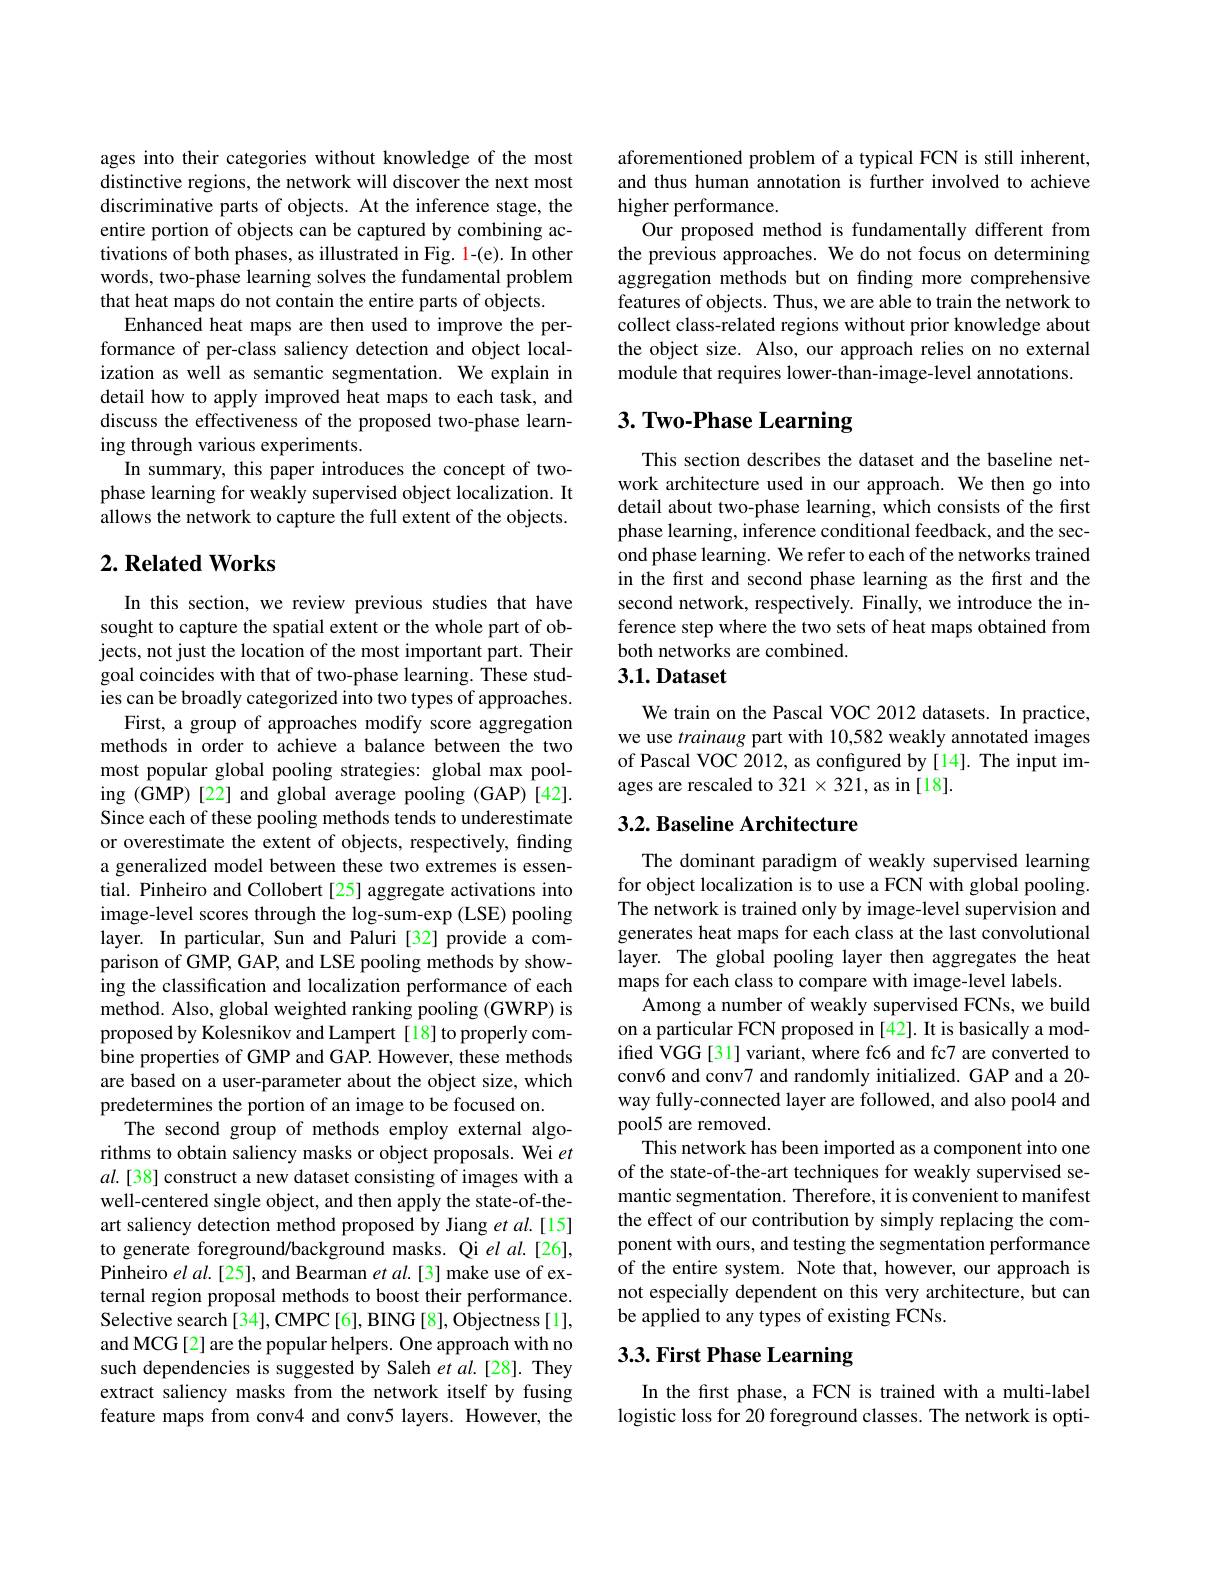
ages into their categories without knowledge of the most distinctive regions, the network will discover the next most discriminative parts of objects. At the inference stage, the entire portion of objects can be captured by combining activations of both phases, as illustrated in Fig. 1-(e). In other words, two-phase learning solves the fundamental problem that heat maps do not contain the entire parts of objects.
Enhanced heat maps are then used to improve the performance of per-class saliency detection and object localization as well as semantic segmentation. We explain in detail how to apply improved heat maps to each task, and discuss the effectiveness of the proposed two-phase learning through various experiments.
In summary, this paper introduces the concept of twophase learning for weakly supervised object localization. It allows the network to capture the full extent of the objects.

## $2. \textbf{Related Works}$

In this section, we review previous studies that have sought to capture the spatial extent or the whole part of objects, not just the location of the most important part. Their goal coincides with that of two-phase learning. These studies can be broadly categorized into two types of approaches.
First, a group of approaches modify score aggregation methods in order to achieve a balance between the two most popular global pooling strategies: global max pooling (GMP) [22] and global average pooling (GAP) [42]. Since each of these pooling methods tends to underestimate or overestimate the extent of objects, respectively, finding a generalized model between these two extremes is essential. Pinheiro and Collobert [25] aggregate activations into image-level scores through the log-sum-exp (LSE) pooling layer. In particular, Sun and Paluri[32] provide a comparison of GMP, GAP, and LSE pooling methods by showing the classification and localization performance of each method. Also, global weighted ranking pooling (GWRP) is proposed by Kolesnikov and Lampert [18] to properly combine properties of GMP and GAP. However, these methods are based on a user-parameter about the object size, which predetermines the portion of an image to be focused on.
The second group of methods employ external algorithms to obtain saliency masks or object proposals. Wei $et$ $al.[38]$ construct a new dataset consisting of images with a well-centered single object, and then apply the state-of-theart saliency detection method proposed by Jiang et al.[15] to generate foreground/background masks. Qi el al.[26], Pinheiro $elal.[25]$, and Bearman $etal.[3]$ make use of external region proposal methods to boost their performance. Selective search [34], CMPC [6], BING [8], Objectness [1], and MCG [2] are the popular helpers. One approach with no such dependencies is suggested by Saleh $et$ al.[28]. They extract saliency masks from the network itself by fusing feature maps from conv4 and conv5 layers. However, the

aforementioned problem of a typical FCN is still inherent, and thus human annotation is further involved to achieve higher performance.
Our proposed method is fundamentally different from the previous approaches. We do not focus on determining aggregation methods but on finding more comprehensive features of objects. Thus, we are able to train the network to collect class-related regions without prior knowledge about the object size. Also, our approach relies on no external module that requires lower-than-image-level annotations.

# 3. Two-Phase Learning

This section describes the dataset and the baseline network architecture used in our approach. We then go into detail about two-phase learning, which consists of the first phase learning, inference conditional feedback, and the second phase learning. We refer to each of the networks trained in the first and second phase learning as the first and the second network, respectively. Finally, we introduce the inference step where the two sets of heat maps obtained from both networks are combined.

## 3.1. Dataset

We train on the Pascal VOC 2012 datasets. In practice, we use trainaug part with 10,582 weakly annotated images of Pascal VOC 2012, as configured by [14]. The input images are rescaled to 321 $\times321$,as in[18].

## 3.2. Baseline Architecture

The dominant paradigm of weakly supervised learning for object localization is to use a FCN with global pooling. The network is trained only by image-level supervision and generates heat maps for each class at the last convolutional layer. The global pooling layer then aggregates the heat maps for each class to compare with image-level labels
Among a number of weakly supervised FCNs, we build on a particular FCN proposed in [42]. It is basically a modifted VGG[31] variant, where fc6 and fc7 are converted to conv6 and conv7 and randomly initialized. GAP and a 20- way fully-connected layer are followed, and also pool4 and pool5 are removed.
This network has been imported as a component into one of the state-of-the-art techniques for weakly supervised semantic segmentation. Therefore, it is convenient to manifest the effect of our contribution by simply replacing the component with ours, and testing the segmentation performance of the entire system. Note that, however, our approach is not especially dependent on this very architecture, but can be applied to any types of existing FCNs.

# 3.3. First Phase Learning

In the first phase, a FCN is trained with a multi-label logistic loss for 20 foreground classes. The network is opti-